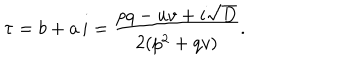
\tau = b + a \, i = \frac { p q - u v + i \sqrt { D } } { 2 ( p ^ { 2 } + q v ) } .